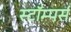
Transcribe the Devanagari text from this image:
स्टॉम्पर्स